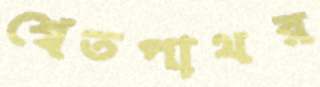
শ্বেতপাথর